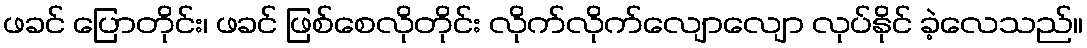
ဖခင် ပြောတိုင်း၊ ဖခင် ဖြစ်စေလိုတိုင်း လိုက်လိုက်လျောလျော လုပ်နိုင် ခဲ့လေသည်။